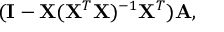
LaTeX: ( \mathbf { I } - \mathbf { X } ( \mathbf { X } ^ { T } \mathbf { X } ) ^ { - 1 } \mathbf { X } ^ { T } ) \mathbf { A } ,